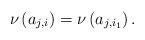
LaTeX: \begin{align*}\nu\left(a_{j,i}\right)=\nu\left(a_{j,i_1}\right).\end{align*}